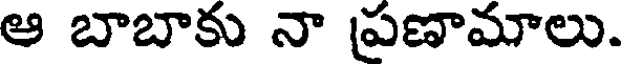
ఆ బాబాకు నా ప్రణామాలు.